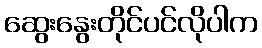
ဆွေးနွေးတိုင်ပင်လိုပါက